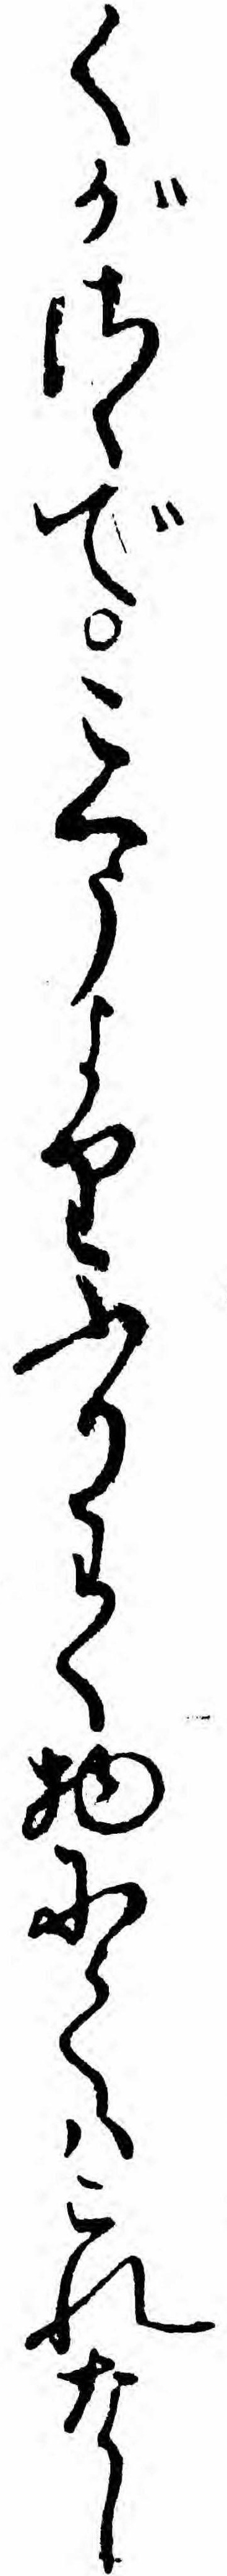
くがさゝでこくうよりふりわく物にてハこれなし